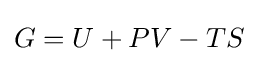
G=U+PV-TS